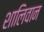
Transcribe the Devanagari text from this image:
शालिवान